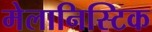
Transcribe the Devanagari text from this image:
मेलानिस्टिक